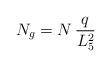
LaTeX: \begin{align*}N_{g} = N \, {q \over L_5^{2}} \end{align*}